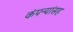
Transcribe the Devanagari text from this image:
कंपन्यांसह